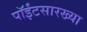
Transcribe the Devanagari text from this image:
पॉईंटसारख्या